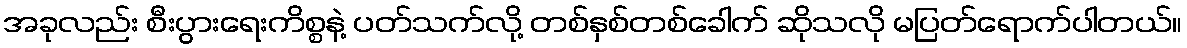
အခုလည်း စီးပွားရေးကိစ္စနဲ့ ပတ်သက်လို့ တစ်နှစ်တစ်ခေါက် ဆိုသလို မပြတ်ရောက်ပါတယ်။